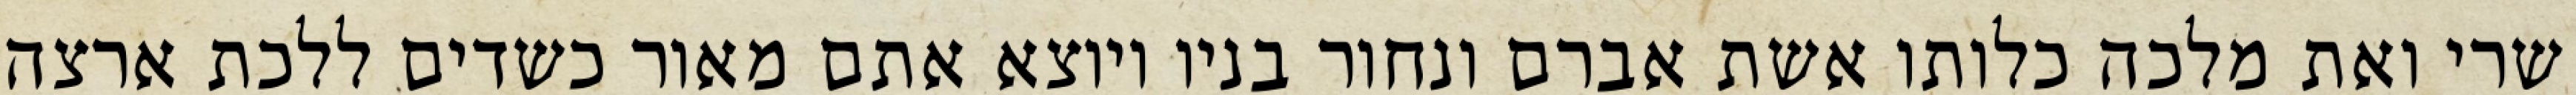
שרי ואת מלכה כלותו אשת אברם ונחור בניו ויוצא אתם מאור כשדים ללכת ארצה